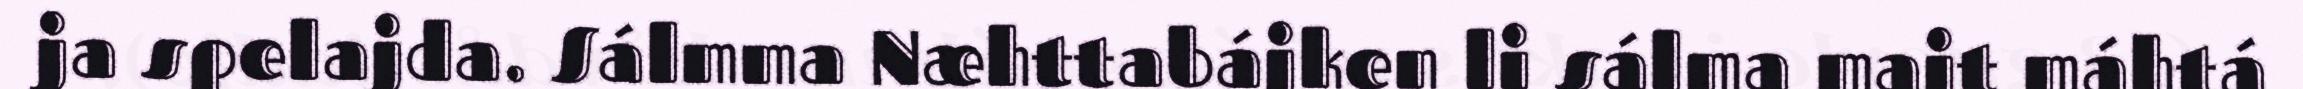
ja spelajda. Sálmma Næhttabájken li sálma majt máhtá